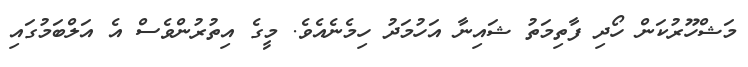
މަޝްހޫރުކަން ހޯދި ފާތިމަތު ޝައިނާ އަހުމަދު ހިމެނެއެވެ. މީގެ އިތުރުންވެސް އެ އަލްބަމުގައި